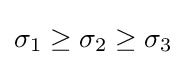
\sigma _{1}\geq \sigma _{2}\geq \sigma _{3}